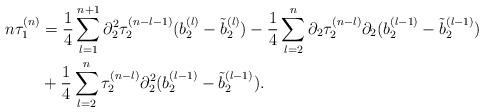
LaTeX: \begin{align*} n\tau_{1}^{(n)} &= \frac{1}{4} \sum_{l=1}^{n+1} \partial_{2}^{2} \tau_{2}^{(n-l-1)} (b_{2}^{(l)} -\tilde{b}_{2}^{(l)} ) - \frac{1}{4} \sum_{l=2}^{n} \partial_{2} \tau_{2}^{(n-l)} \partial_{2} (b_{2}^{(l-1)} -\tilde{b}_{2}^{(l-1)}) \\ &+ \frac{1}{4}\sum_{l=2}^{n} \tau_{2}^{(n-l)} \partial_{2}^{2} (b_{2}^{(l-1)} -\tilde{b}_{2}^{(l-1)}).\end{align*}